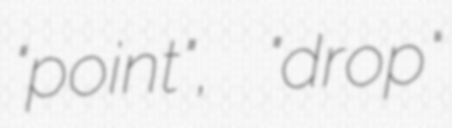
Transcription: "point", "drop"